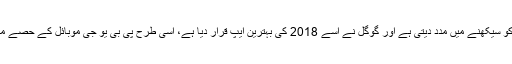
یہ اپلیکشن 31 مختلف زبانوں کو سیکھنے میں مدد دیتی ہے اور گوگل نے اسے 2018 کی بہترین ایپ قرار دیا ہے، اسی طرح پی بی یو جی موبائل کے حصے میں بہترین گیم کا اعزاز آیا ہے۔